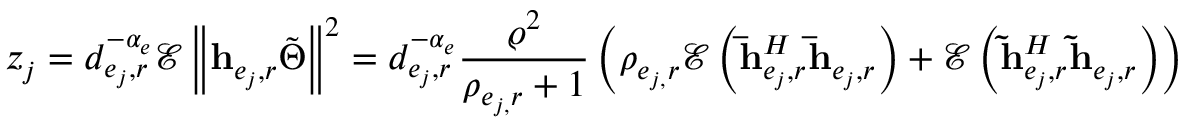
z _ { j } = d _ { e _ { j } , r } ^ { - \alpha _ { e } } \mathscr { E } \left\Vert \mathbf { h } _ { e _ { j } , r } \tilde { \Theta } \right\Vert ^ { 2 } = d _ { e _ { j } , r } ^ { - \alpha _ { e } } \frac { \varrho ^ { 2 } } { \rho _ { e _ { j , } r } + 1 } \left( \rho _ { e _ { j , } r } \mathscr { E } \left( \mathbf { \bar { h } } _ { e _ { j } , r } ^ { H } \mathbf { \bar { h } } _ { e _ { j } , r } \right) + \mathscr { E } \left( \mathbf { \tilde { h } } _ { e _ { j } , r } ^ { H } \mathbf { \tilde { h } } _ { e _ { j } , r } \right) \right)